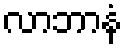
လာဘာနံ